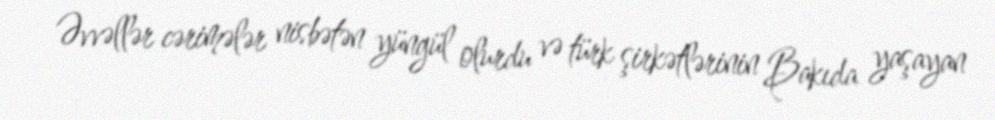
Əvvəllər cərimələr nisbətən yüngül olurdu və türk şirkətlərinin Bakıda yaşayan